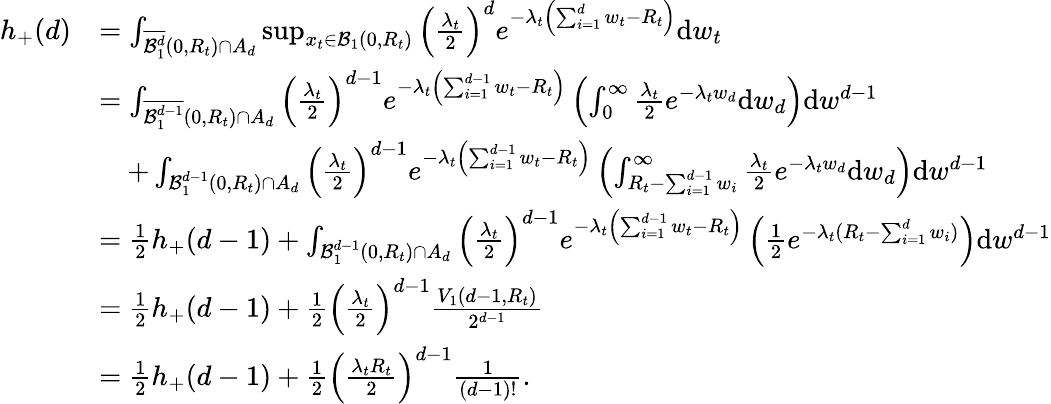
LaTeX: \begin{array}{rl}{h_{+}(d)}&{=\int_{\overline{{\mathcal{B}_{1}^{d}}}(0,R_{t})\cap A_{d}}\operatorname*{sup}_{x_{t}\in\mathcal{B}_{1}(0,R_{t})}\left(\frac{\lambda_{t}}{2}\right)^{d}e^{-\lambda_{t}\left(\sum_{i=1}^{d}w_{t}-R_{t}\right)}\mathrm{d}w_{t}}\\ &{=\int_{\overline{{\mathcal{B}_{1}^{d-1}}}(0,R_{t})\cap A_{d}}\left(\frac{\lambda_{t}}{2}\right)^{d-1}e^{-\lambda_{t}\left(\sum_{i=1}^{d-1}w_{t}-R_{t}\right)}\left(\int_{0}^{\infty}\frac{\lambda_{t}}{2}e^{-\lambda_{t}w_{d}}\mathrm{d}w_{d}\right)\mathrm{d}w^{d-1}}\\ &{\quad+\int_{{\mathcal{B}_{1}^{d-1}}(0,R_{t})\cap A_{d}}\left(\frac{\lambda_{t}}{2}\right)^{d-1}e^{-\lambda_{t}\left(\sum_{i=1}^{d-1}w_{t}-R_{t}\right)}\left(\int_{R_{t}-\sum_{i=1}^{d-1}w_{i}}^{\infty}\frac{\lambda_{t}}{2}e^{-\lambda_{t}w_{d}}\mathrm{d}w_{d}\right)\mathrm{d}w^{d-1}}\\ &{=\frac{1}{2}h_{+}(d-1)+\int_{{\mathcal{B}_{1}^{d-1}}(0,R_{t})\cap A_{d}}\left(\frac{\lambda_{t}}{2}\right)^{d-1}e^{-\lambda_{t}\left(\sum_{i=1}^{d-1}w_{t}-R_{t}\right)}\left(\frac{1}{2}e^{-\lambda_{t}(R_{t}-\sum_{i=1}^{d}w_{i})}\right)\mathrm{d}w^{d-1}}\\ &{=\frac{1}{2}h_{+}(d-1)+\frac{1}{2}\left(\frac{\lambda_{t}}{2}\right)^{d-1}\frac{V_{1}(d-1,R_{t})}{2^{d-1}}}\\ &{=\frac{1}{2}h_{+}(d-1)+\frac{1}{2}\left(\frac{\lambda_{t}R_{t}}{2}\right)^{d-1}\frac{1}{(d-1)!}.}\end{array}